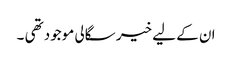
ان کے لیے خیر سگالی موجود تھی ۔